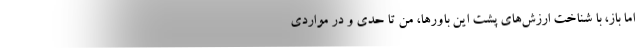
اما باز، با شناختِ ارزش‌های پشت این باورها، من تا حدی و در مواردی